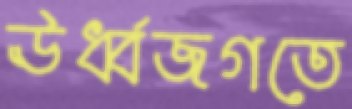
ঊর্ধ্বজগতে